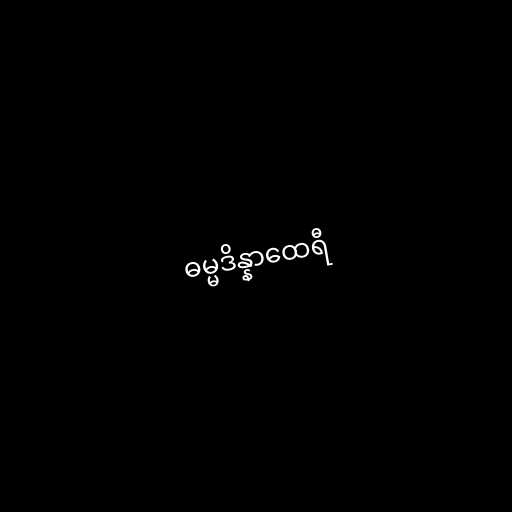
ဓမ္မဒိန္နာထေရီ